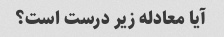
آیا معادله زیر درست است؟